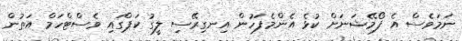
ނަމަވެސް އެ ފޯމޭޝަނަށް ކުޅެ އެންމެފަހުން އިނގިރޭސި ލީގު ކަޕްގައި ވެސްޓްހަމް އަތުން